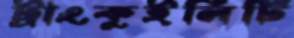
ট্রাংকুইলিটি